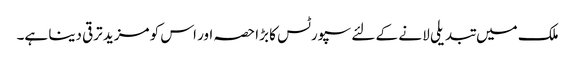
ملک میں تبدیلی لا نے کے لئے سپورٹس کا بڑا حصہ اور اس کو مزید ترقی دینا ہے۔